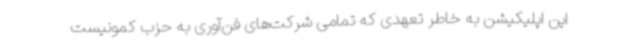
این اپلیکیشن به خاطر تعهدی که تمامی شرکت‌های فن‌آوری به حزب کمونیست